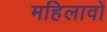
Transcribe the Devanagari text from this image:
महिलावों